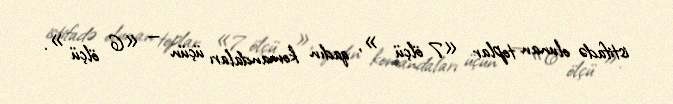
istifadə olunan toplar «7 ölçü », qadın komandaları üçün — «6 ölçü ».